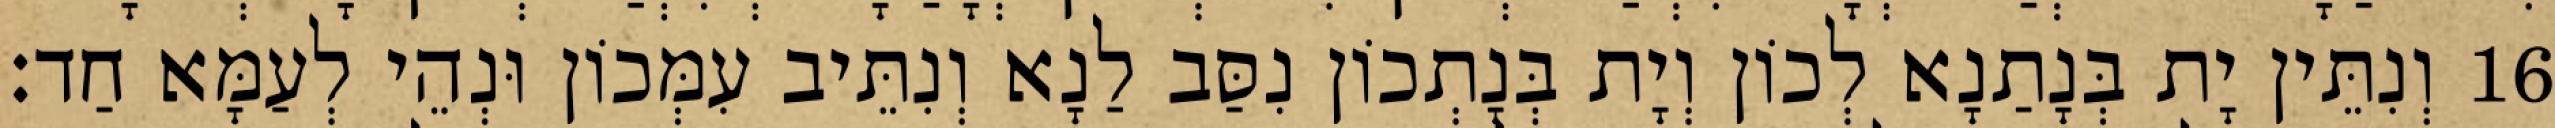
16 וְנִתֵּין יָת בְּנָתַנָא לְכוֹן וְיָת בְּנָתְכוֹן נִסַּב לַנָא וְנִתֵּיב עִמְּכוֹן וּנְהֵי לְעַמָּא חַד׃